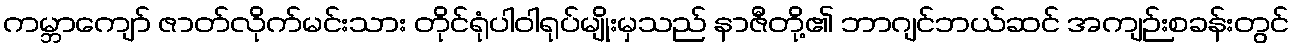
ကမ္ဘာကျော် ဇာတ်လိုက်မင်းသား တိုင်ရုံပါဝါရုပ်မျိုးမှသည် နာဇီတို့၏ ဘာဂျင်ဘယ်ဆင် အကျဉ်းစခန်းတွင်